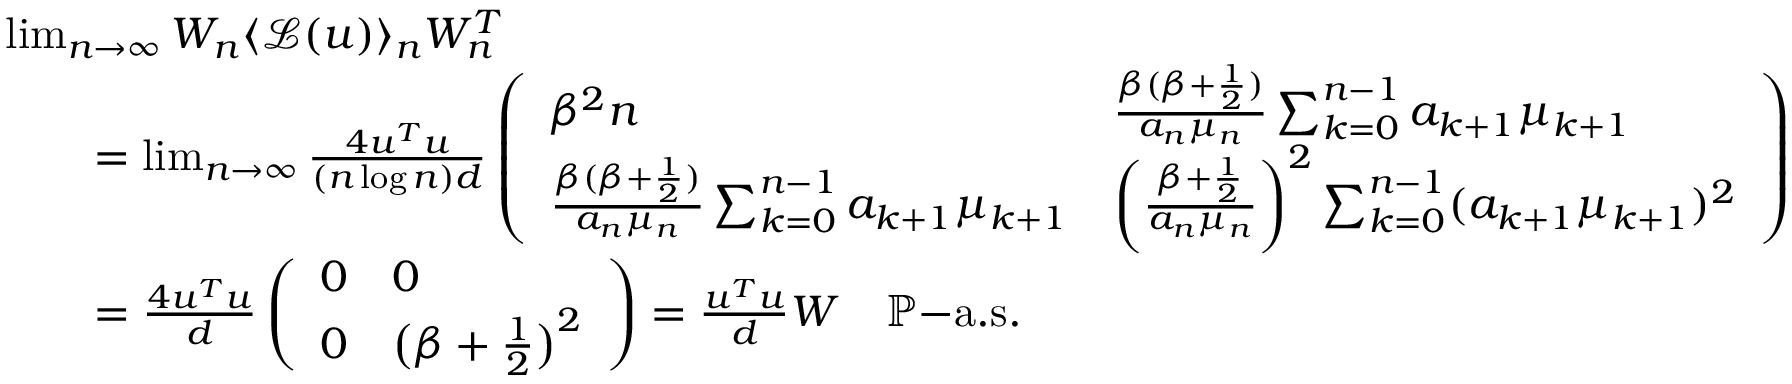
\begin{array} { r l } & { \operatorname* { l i m } _ { n \to \infty } W _ { n } \langle \mathcal { L } ( u ) \rangle _ { n } W _ { n } ^ { T } } \\ & { \quad \quad = \operatorname* { l i m } _ { n \to \infty } \frac { 4 u ^ { T } u } { ( n \log n ) d } \left( \begin{array} { l l } { \beta ^ { 2 } n } & { \frac { \beta ( \beta + \frac { 1 } { 2 } ) } { a _ { n } \mu _ { n } } \sum _ { k = 0 } ^ { n - 1 } a _ { k + 1 } \mu _ { k + 1 } } \\ { \frac { \beta ( \beta + \frac { 1 } { 2 } ) } { a _ { n } \mu _ { n } } \sum _ { k = 0 } ^ { n - 1 } a _ { k + 1 } \mu _ { k + 1 } } & { \bigg ( \frac { \beta + \frac { 1 } { 2 } } { a _ { n } \mu _ { n } } \bigg ) ^ { 2 } \sum _ { k = 0 } ^ { n - 1 } ( a _ { k + 1 } \mu _ { k + 1 } ) ^ { 2 } } \end{array} \right) } \\ & { \quad \quad = \frac { 4 u ^ { T } u } { d } \left( \begin{array} { l l } { 0 } & { 0 } \\ { 0 } & { \big ( \beta + \frac { 1 } { 2 } \big ) ^ { 2 } } \end{array} \right) = \frac { u ^ { T } u } { d } W \quad \mathbb { P } \mathrm { - a . s . } } \end{array}